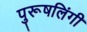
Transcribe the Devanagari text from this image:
पुरूषलिंगी